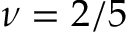
\nu = 2 / 5